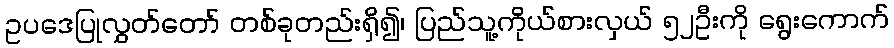
ဥပဒေပြုလွှတ်တော် တစ်ခုတည်းရှိ၍၊ ပြည်သူ့ကိုယ်စားလှယ် ၅၂ဦးကို ရွေးကောက်